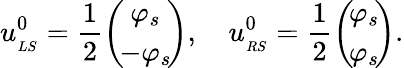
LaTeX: u_{_{LS}}^{0}=\frac{1}{2}\left(\! \begin{array}{c}{{\varphi_{s}}}\\ {{-\varphi_{s}}}\end{array}\! \right),\quad u_{_{RS}}^{0}=\frac{1}{2}\left(\! \begin{array}{c}{{\varphi_{s}}}\\ {{\varphi_{s}}}\end{array}\! \right).